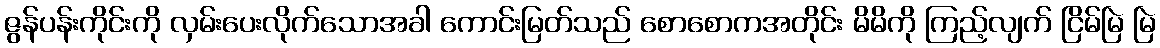
ဇွန်ပန်းကိုင်းကို လှမ်းပေးလိုက်သောအခါ ကောင်းမြတ်သည် စောစောကအတိုင်း မိမိကို ကြည့်လျက် ငြိမ်မြဲ မြဲ